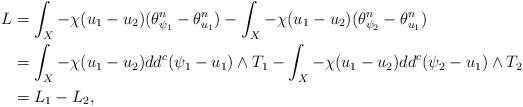
LaTeX: \begin{align*} L&=\int_X-\chi(u_1-u_2)(\theta_{\psi_1}^n-\theta_{u_1}^n) -\int_X-\chi(u_1-u_2)(\theta_{\psi_2}^n-\theta_{u_1}^n)\\ &=\int_X-\chi(u_1-u_2)dd^c(\psi_1-u_1)\wedge T_1-\int_X-\chi(u_1-u_2)dd^c(\psi_2-u_1)\wedge T_2\\ &=L_1-L_2, \end{align*}